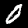
Digit: 0